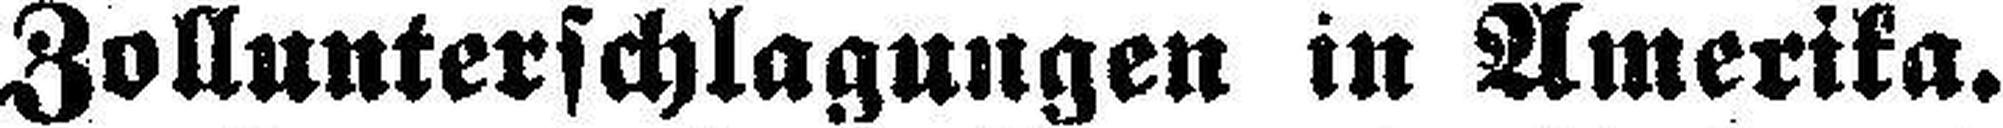
Zollunterschlagungen in Amerika.